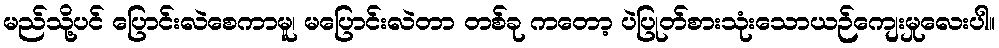
မည်သို့ပင် ပြောင်းလဲစေကာမူ၊ မပြောင်းလဲတာ တစ်ခု ကတော့ ပဲပြုတ်စားသုံးသောယဉ်ကျေးမှုလေးပါ။